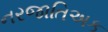
નરજાતિઅક